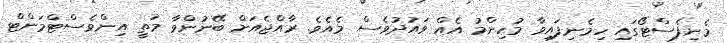
މެނިފެސްޓޯގައި ހިމެނިފައިވާ މުހިންމު އެއް ވައުދުވެސް މެއެވެ. ރާއްޖެއަށް ބޭނުންވާ މަތީ އިންވެސްޓްމަންޓް